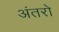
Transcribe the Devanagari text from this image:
अंतरो